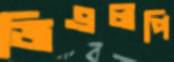
জিএলপি